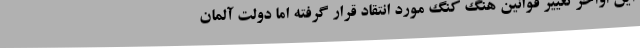
این اواخر تغییر قوانین هنگ کنگ مورد انتقاد قرار گرفته اما دولت آلمان